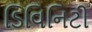
ડિવિનિટી